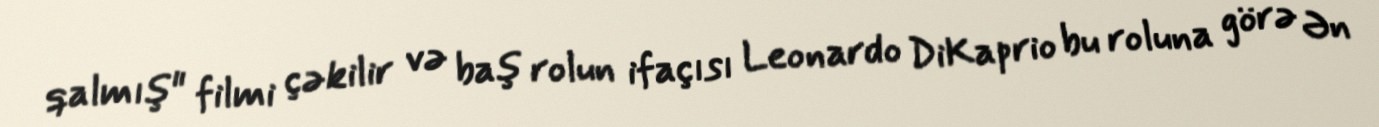
qalmış" filmi çəkilir və baş rolun ifaçısı Leonardo DiKaprio bu roluna görə Ən